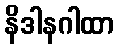
နိဒါနဂါထာ